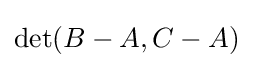
\det(B-A,C-A)